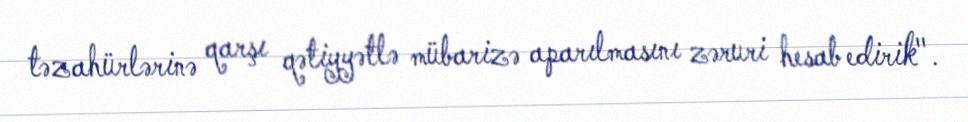
təzahürlərinə qarşı qətiyyətlə mübarizə aparılmasını zəruri hesab edirik".